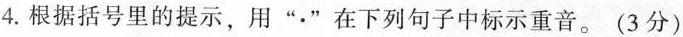
4.根据括号里的提示，用”·”在下列句子中标示重音。(3分)